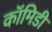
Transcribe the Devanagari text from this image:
कॉमिडी